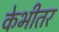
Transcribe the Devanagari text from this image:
केभीतर